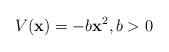
\begin{align*}V(\textbf{x})=-b\textbf{x}^2,b>0\end{align*}